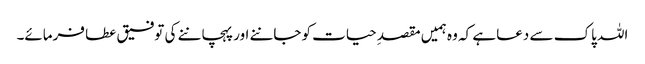
اللہ پاک سے دعا ہے کہ وہ ہمیں مقصدِ حیات کو جاننے اور پہچاننے کی توفیق عطا فرمائے۔